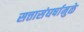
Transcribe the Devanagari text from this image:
सत्तासंघर्षामुळे